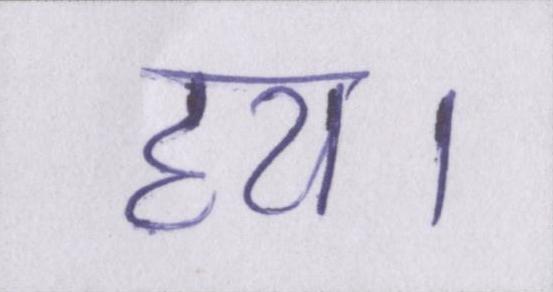
हय।